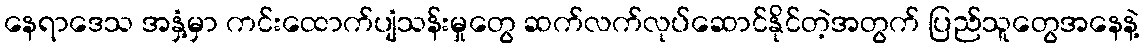
နေရာဒေသ အနှံ့မှာ ကင်းထောက်ပျံသန်းမှုတွေ ဆက်လက်လုပ်ဆောင်နိုင်တဲ့အတွက် ပြည်သူတွေအနေနဲ့